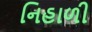
નિહાળી